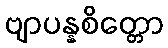
ဗျာပန္နစိတ္တော